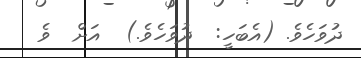
ދުވަހެވެ. (އެބަހީ:  ދުވަހެވެ.)  އަށް  ވެ